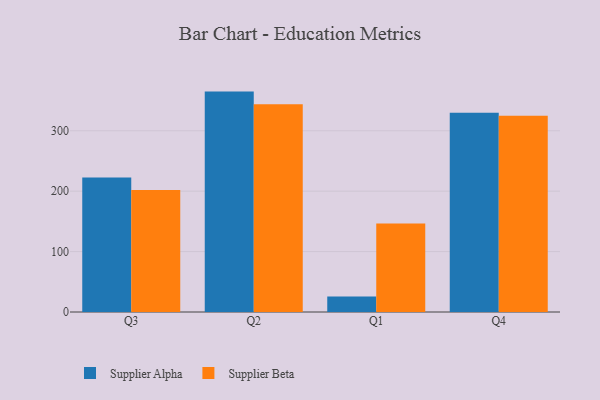
{"axis": {"x": "Quarter", "y": "Churn Rate (%)"}, "legend": ["Supplier Alpha", "Supplier Beta"], "data": [{"x": "Q3", "y": 222.7, "type": "Supplier Alpha"}, {"x": "Q3", "y": 201.9, "type": "Supplier Beta"}, {"x": "Q2", "y": 364.8, "type": "Supplier Alpha"}, {"x": "Q2", "y": 344.0, "type": "Supplier Beta"}, {"x": "Q1", "y": 25.6, "type": "Supplier Alpha"}, {"x": "Q1", "y": 146.3, "type": "Supplier Beta"}, {"x": "Q4", "y": 329.6, "type": "Supplier Alpha"}, {"x": "Q4", "y": 324.8, "type": "Supplier Beta"}]}